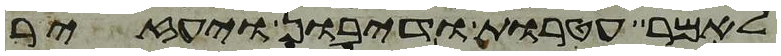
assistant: לאמר עטרות ודיבון ויעזיר